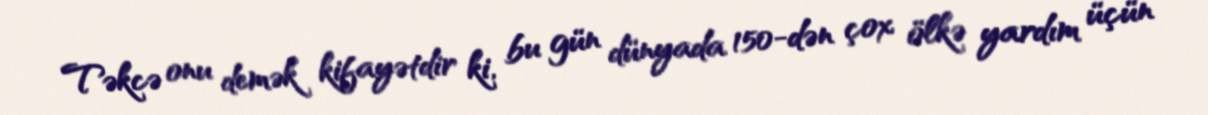
Təkcə onu demək kifayətdir ki, bu gün dünyada 150-dən çox ölkə yardım üçün